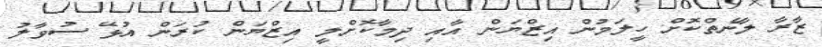
ޒާރާ ލާނެތްކޮށް ހީލަމުން އިޒްޔަން އާއި ދިމާކޮށްލީ އިޒްޔަން ކުރަން އުޅޭ ސުވާލު